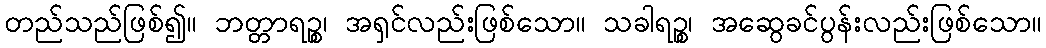
တည်သည်ဖြစ်၍။ ဘတ္တာရဉ္စ၊ အရှင်လည်းဖြစ်သော။ သခါရဉ္စ၊ အဆွေခင်ပွန်းလည်းဖြစ်သော။